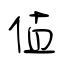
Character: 值